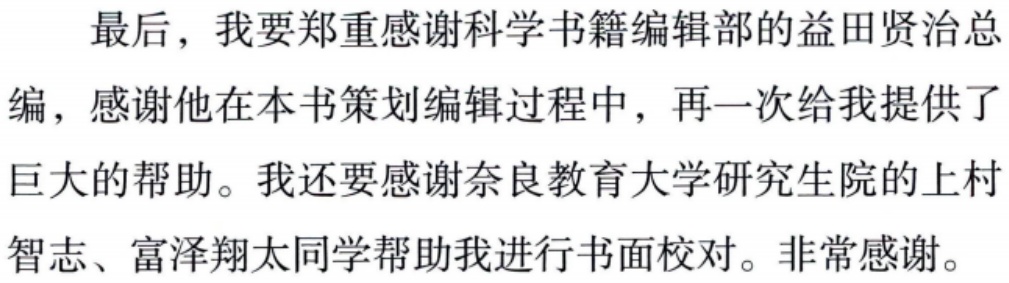
最后，我要郑重感谢科学书籍编辑部的益田贤治总编，感谢他在本书策划编辑过程中，再一次给我提供了巨大的帮助。我还要感谢奈良教育大学研究生院的上村智志、富泽翔太同学帮助我进行书面校对。非常感谢。